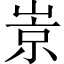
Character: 𡹞